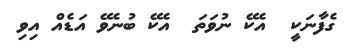
ގެފާނަކީ  އެކޭ ނުވަތަ  އެކޭ ބުނެވޭ އަޑެއް އިވި